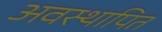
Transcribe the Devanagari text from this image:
अवस्थापित